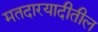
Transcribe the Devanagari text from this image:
मतदारयादीतील